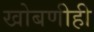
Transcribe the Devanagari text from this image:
खोबणीही